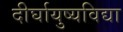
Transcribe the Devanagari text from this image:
दीर्घायुष्यविद्या